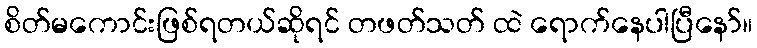
စိတ်မကောင်းဖြစ်ရတယ်ဆိုရင် တဖတ်သတ် ထဲ ရောက်နေပါပြီနော်။